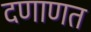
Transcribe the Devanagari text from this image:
दणाणत